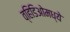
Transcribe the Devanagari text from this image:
व्हिडिओमध्ये